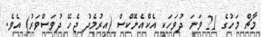
މާޗް މަހުގެ 21 ވަނަ ދުވަހަކީ އެކްއެނޮކްސް (އިރުމެދު ޖެހޭ ދުވަސްވަރު) އެވެ.